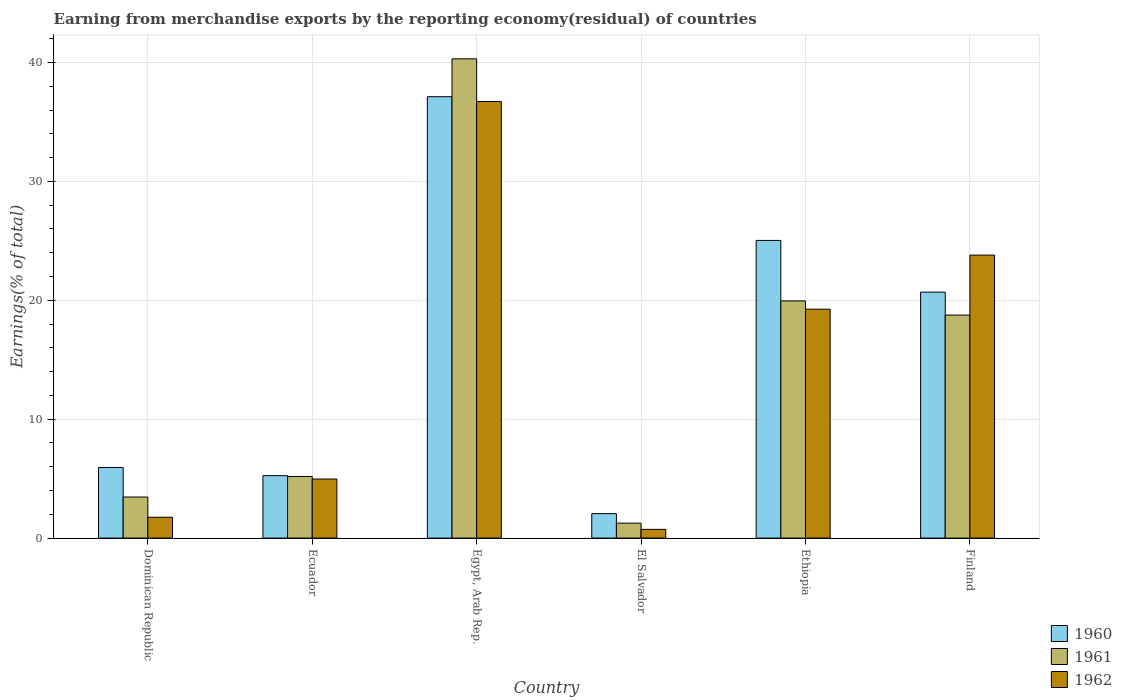
| Country | 1960 | 1961 | 1962 |
 | --- | --- | --- | --- |
 | Dominican Republic | 5.94 | 3.46 | 1.75 |
 | Ecuador | 5.25 | 5.18 | 4.97 |
 | Egypt, Arab Rep. | 37.1 | 40.3 | 36.7 |
 | El Salvador | 2.06 | 1.26 | 0.734 |
 | Ethiopia | 25 | 19.9 | 19.2 |
 | Finland | 20.7 | 18.8 | 23.8 |